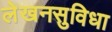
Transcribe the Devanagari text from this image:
लेखनसुविधा